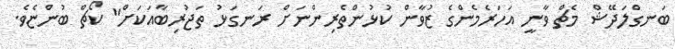
ބަނގްލަދޭޝް މެޗް ވާނީ އަހަރެމެންގެ ޒުވާން ކުޅުންތެރިންނަށް ރަނގަޅު ތަޖުރިބާއަކަށް" ކޯޗް ބުންޏެވެ.